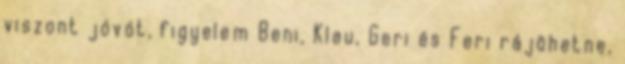
viszont jóvót, figyelem Beni, Klau, Geri és Feri rájöhetne,